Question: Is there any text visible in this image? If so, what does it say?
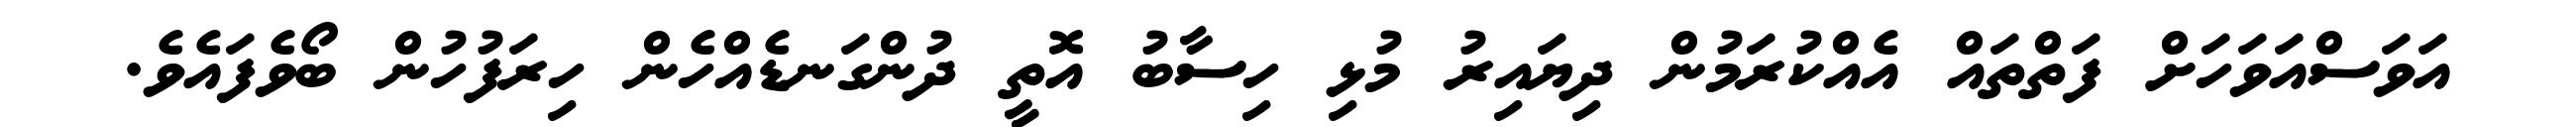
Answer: އަވަސްއަވަހަށް ފަތްތައް އެއްކުރަމުން ދިޔައިރު މުޅި ހިސާބު އޮތީ ދުންގަނޑެއްހެން ހިރަފުހުން ބޯވެފައެވެ.